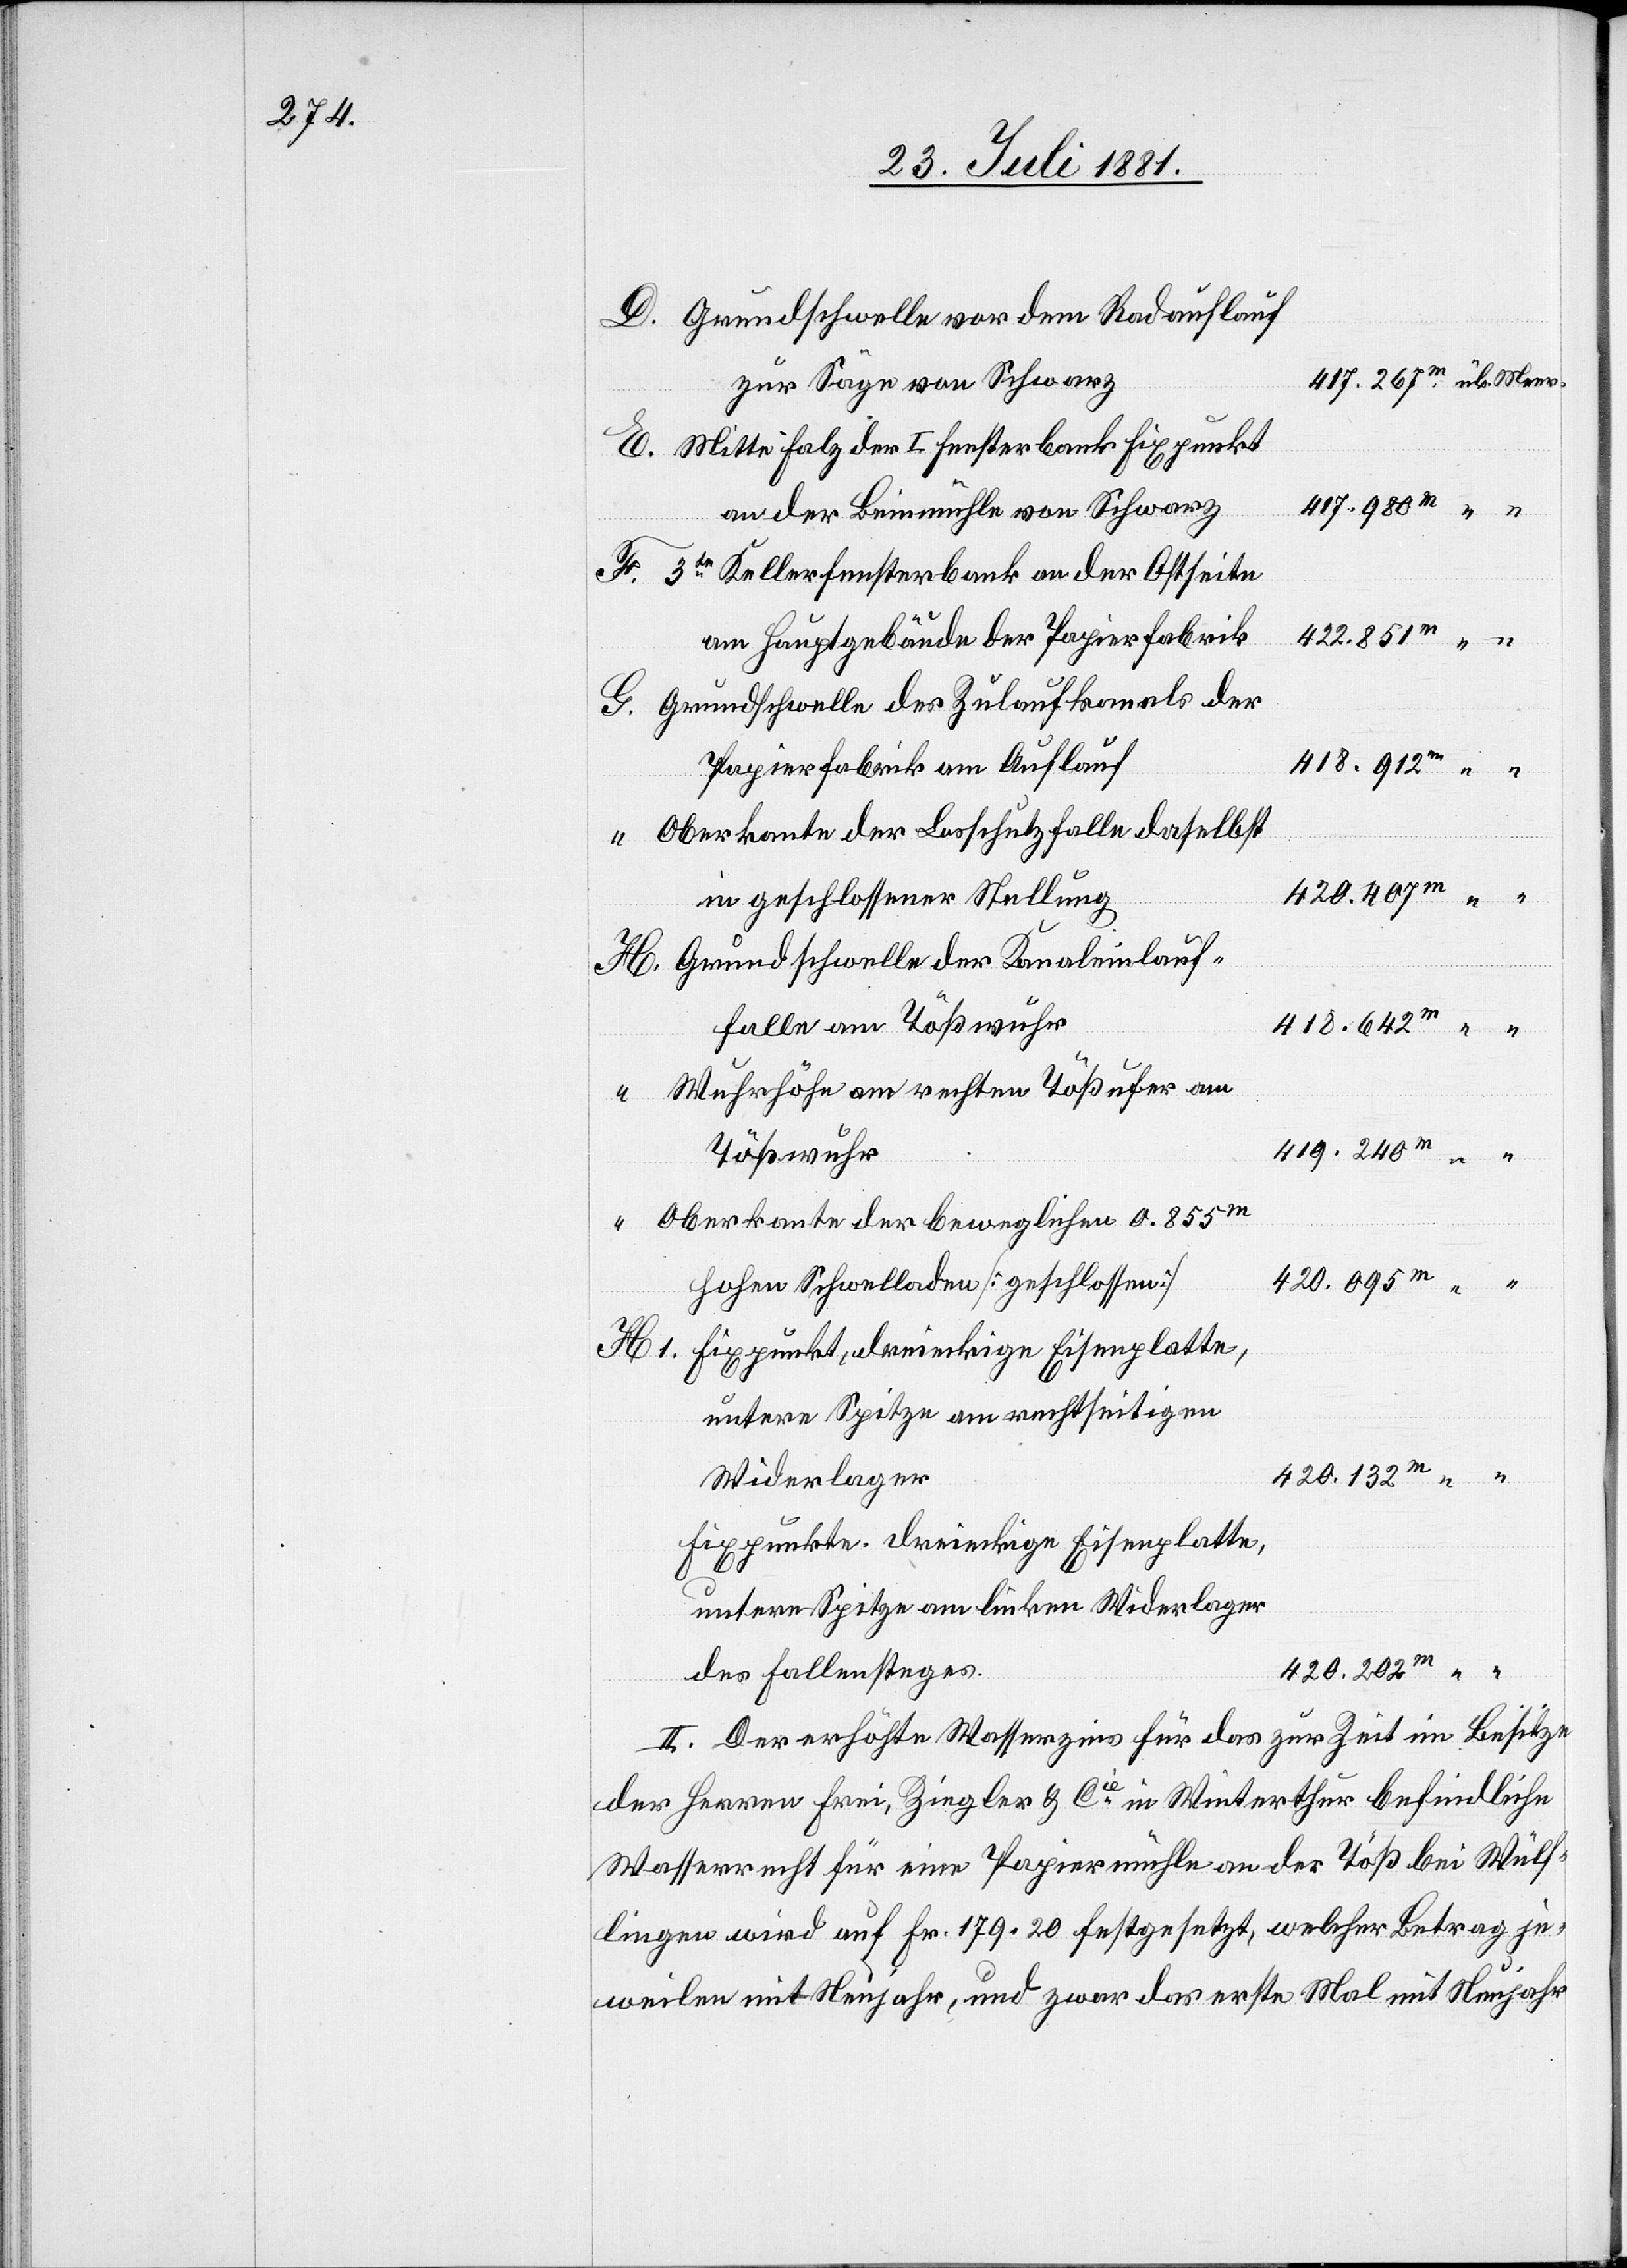
Grundschwelle vor dem Radauflauf
zur Säge von Schwarz
Mitte Falz der I Fensterbank Fixpunkt
an der Beinmühle von Schwarz
3te Kellerfensterbank an der Ostseite
422.851m
am Hauptgebäude der Papierfabrik
Grundschwelle des Zulaufkanals der
Papierfabrik am Auflauf
418.912m
Oberkante der Losschutzfalle daselbst
in geschlossener Stellung
Grundschwelle der Kanaleinlauf¬
fallen am Tößwuhr
418.642m
Wuhrhöhe am rechten Tößufer am
419.240m
Tößwuhr
Oberkante der beweglichen 0.855m
hohen Schwelladen [geschlossen]
untere Spitze am rechtseitigen
420.132m
Widerlager
Fixpunkte dreieckige Eisenplatte,
1.
untere Spitze am linken Widerlager
des Fallensteges
420.202m
II. Der erhöhte Wasserzins für das zur Zeit im Besitze
der Herren Frei, Ziegler & Cie in Winterthur befindliche
Wasserrecht für eine Papiermühle an der Töß bei Wülf¬
lingen wird auf Fr. 179.20 festgesetzt, welcher Betrag je¬
weilen mit Neujahr, und zwar das erste Mal mit Neujahr